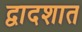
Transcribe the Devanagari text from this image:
द्वादशात